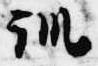
訓